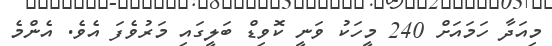
މިއަދާ ހަމައަށް 240 މީހަކު ވަނީ ކޮވިޑް ބަލީގައި މަރުވެފަ އެވެ. އެންމެ